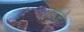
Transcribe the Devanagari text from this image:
लैज़े